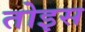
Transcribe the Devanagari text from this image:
तोइस